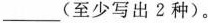
___(至少写出2种)。